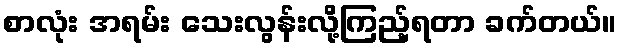
စာလုံး အရမ်း သေးလွန်းလို့ကြည့်ရတာ ခက်တယ်။